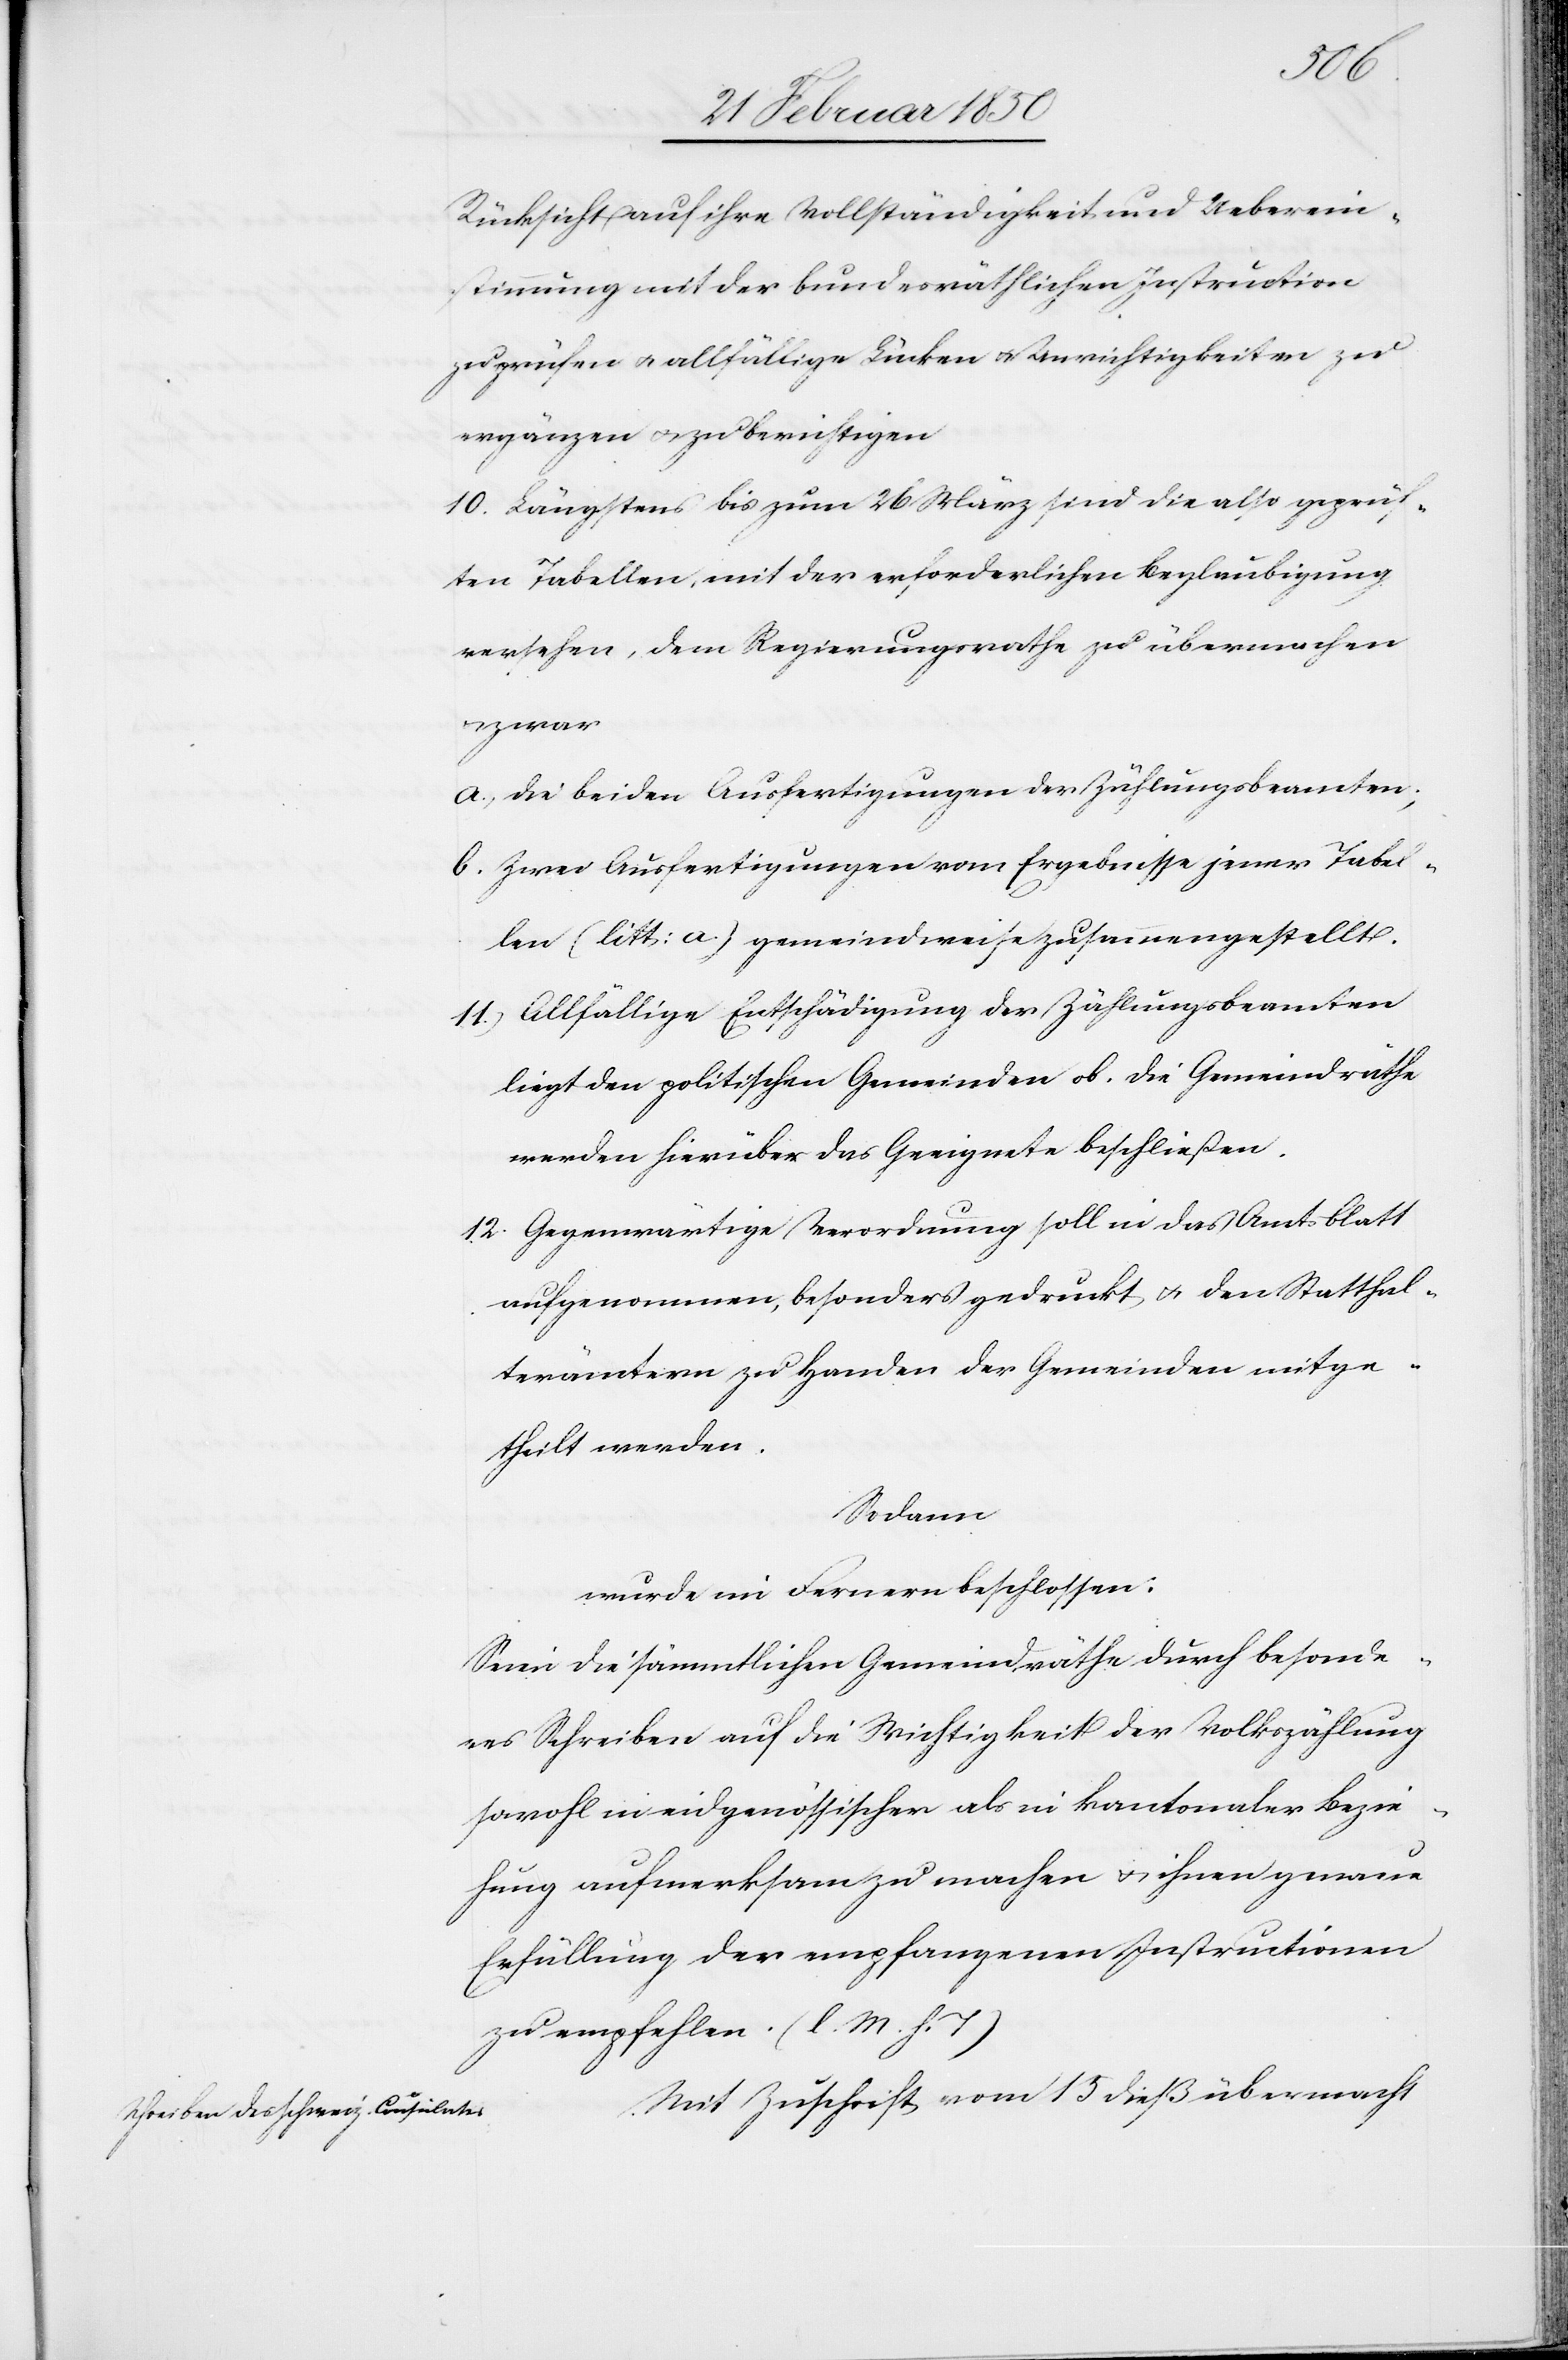
Rücksicht auf ihre Vollständigkeit und Ueberein¬
stimmung mit der bundesräthlichen Instruction
zu prüfen u. allfällige Lücken u. Unrichtigkeiten zu
ergänzen u. zu berichtigen
10. Längstens bis zum 26 März sind die also geprüf¬
ten Tabellen, mit der erforderlichen Beglaubigung
versehen, dem Regierungsrathe zu übermachen
zwar
a. Die beiden Ausfertigungen den Zählungsbeamten;
b. Zwei Ausfertigungen vom Ergebnisse jener Tabel¬
len (litt: a.) gemeindweise zusammengestellt.
11. Allfällige Entschädigung der Zählungsbeamten
liegt den politischen Gemeinden ob. Die Gemeindräthe
werden hierüber das Geeignete beschließen.
12. Gegenwärtige Verordnung soll in das Amtsblatt
aufgenommen, besonders gedruckt u. den Statthal¬
terämtern zu Handen der Gemeinden mitge¬
theilt werden.
Sodann
wurde im Fernern beschlossen:
Seien die sämmtlichen Gemeindräthe durch besonde¬
res Schreiben auf die Wichtigkeit der Volkszählung
sowohl in eidgenössischer als in kantonaler Bezie¬
hung aufmerksam zu machen u. ihnen genaue
Erfüllung der empfangenen Instructionen
zu empfehlen. (l. M. h. T.)
Mit Zuschrift vom 15 dieß übermacht